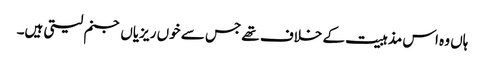
ہاں وہ اس مذہبیت کے خلاف تھے جس سے خوں ریزیاں جنم لیتی ہیں۔